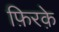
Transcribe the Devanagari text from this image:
फ़िरके़